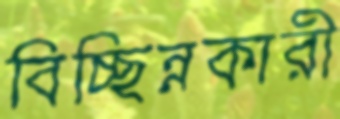
বিচ্ছিন্নকারী